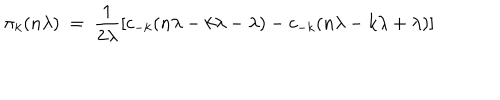
\pi _ { k } ( n \lambda ) \ = \ \frac { 1 } { 2 \lambda } [ c _ { - k } ( n \lambda - k \lambda - \lambda ) - c _ { - k } ( n \lambda - k \lambda + \lambda ) ]